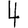
Digit: 4